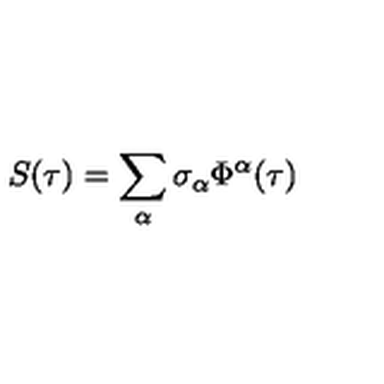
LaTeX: S ( \tau ) = \sum _ { \alpha } \sigma _ { \alpha } \Phi ^ { \alpha } ( \tau )